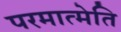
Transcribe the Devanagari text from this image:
परमात्मेति